Civil Veterinary Department Bengal reports 1933-51 - 1933-1951
Year: 1933
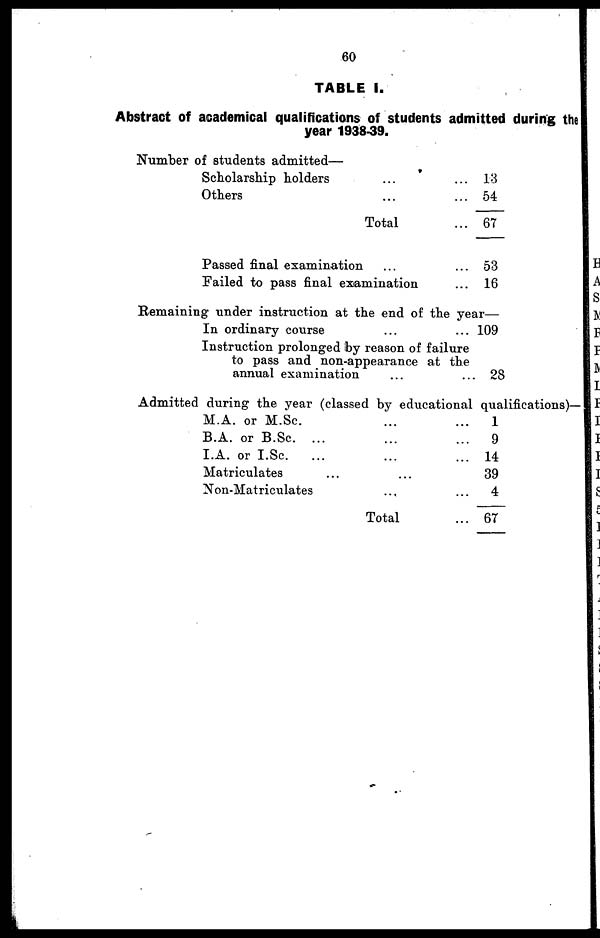
60
TABLE I.
Abstract of academical qualifications of students admitted during the
year 1938-39.
Number of students admitted—
Scholarship holders
Others
Total
Passed final examination
Failed to pass final examination
13
54
67
53
16
Remaining under instruction at the end of the year—
In ordinary course
Instruction prolonged by reason of failure
to pass and non-appearance at the
annual examination
109
28
Admitted during the year (classed by educational qualifications)—
M.A. or M.Sc.......
B.A. or B.Sc. .........
I.A. or I.Sc..........
Matriculates .........
Non-Matriculates .........
Total ...
1
9
14
39
4
6T